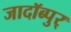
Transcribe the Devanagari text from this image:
जादॉब्पुर्